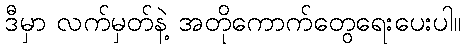
ဒီမှာ လက်မှတ်နဲ့ အတိုကောက်တွေရေးပေးပါ။